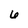
Character: 6